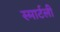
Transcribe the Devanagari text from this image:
स्मार्टली